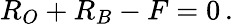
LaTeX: R_{O}+R_{B}-F=0\, .